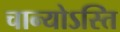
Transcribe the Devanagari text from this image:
चान्योऽस्ति